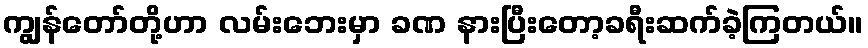
ကျွန်တော်တို့ဟာ လမ်းဘေးမှာ ခဏ နားပြီးတော့ခရီးဆက်ခဲ့ကြတယ်။